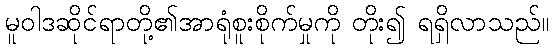
မူဝါဒဆိုင်ရာတို့၏အာရုံစူးစိုက်မှုကို တိုး၍ ရရှိလာသည်။